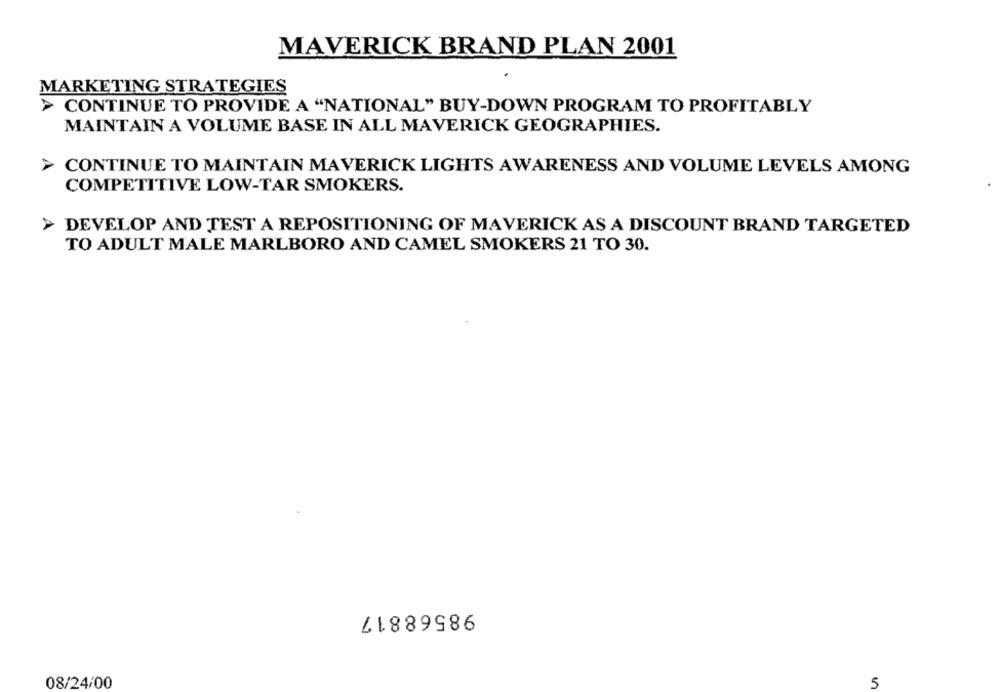
MAVERICK BRAND PLAN 2001
MARKETING STRATEGIES
> CONTINUE TO PROVIDE A "NATIONAL" BUY-DOWN PROGRAM TO PROFITABLY
MAINTAIN A VOLUME BASE IN ALL MAVERICK GEOGRAPHIES.
CONTINUE TO MAINTAIN MAVERICK LIGHTS AWARENESS AND VOLUME LEVELS AMONG
COMPETITIVE LOW-TAR SMOKERS.
> DEVELOP AND TEST A REPOSITIONING OF MAVERICK AS A DISCOUNT BRAND TARGETED
TO ADULT MALE MARLBORO AND CAMEL SMOKERS 21 TO 30.
98568817
08/24/00
5